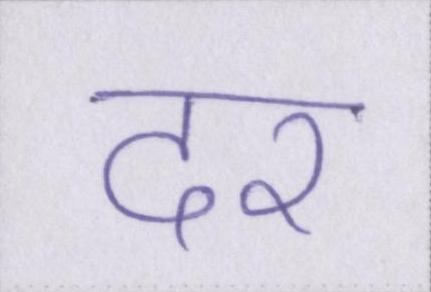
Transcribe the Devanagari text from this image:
दर